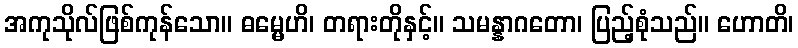
အကုသိုလ်ဖြစ်ကုန်သော။ ဓမ္မေဟိ၊ တရားတိုနှင့်။ သမန္နာဂတော၊ ပြည့်စုံသည်။ ဟောတိ၊